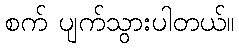
စက် ပျက်သွားပါတယ်။